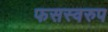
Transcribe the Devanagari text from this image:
फसस्वरुप